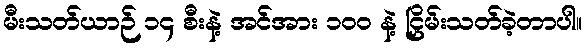
မီးသတ်ယာဉ် ၁၄ စီးနဲ့ အင်အား ၁၀၀ နဲ့ ငြှိမ်းသတ်ခဲ့တာပါ။